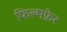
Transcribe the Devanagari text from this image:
फिल्मफ़ेर